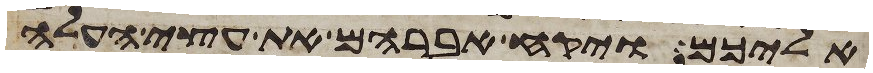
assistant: אליכם ויקח אברהם את עצי העלה